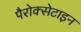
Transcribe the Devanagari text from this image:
पैरोक्सेटाइन